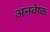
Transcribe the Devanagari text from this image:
अनवेष्क